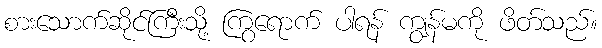
စားသောက်ဆိုင်ကြီးသို့ ကြွရောက် ပါရန် ကျွန်မကို ဖိတ်သည်။